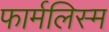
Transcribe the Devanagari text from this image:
फार्मलिस्म